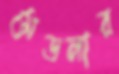
মেডলার